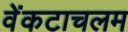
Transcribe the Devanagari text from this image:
वेंकटाचलम